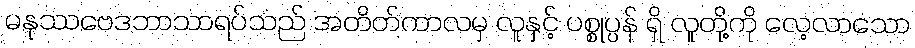
မနုဿဗေဒဘာသာရပ်သည် အတိတ်ကာလမှ လူနှင့် ပစ္စုပ္ပန် ရှိ လူတို့ကို လေ့လာသော